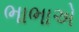
ભાભાએ